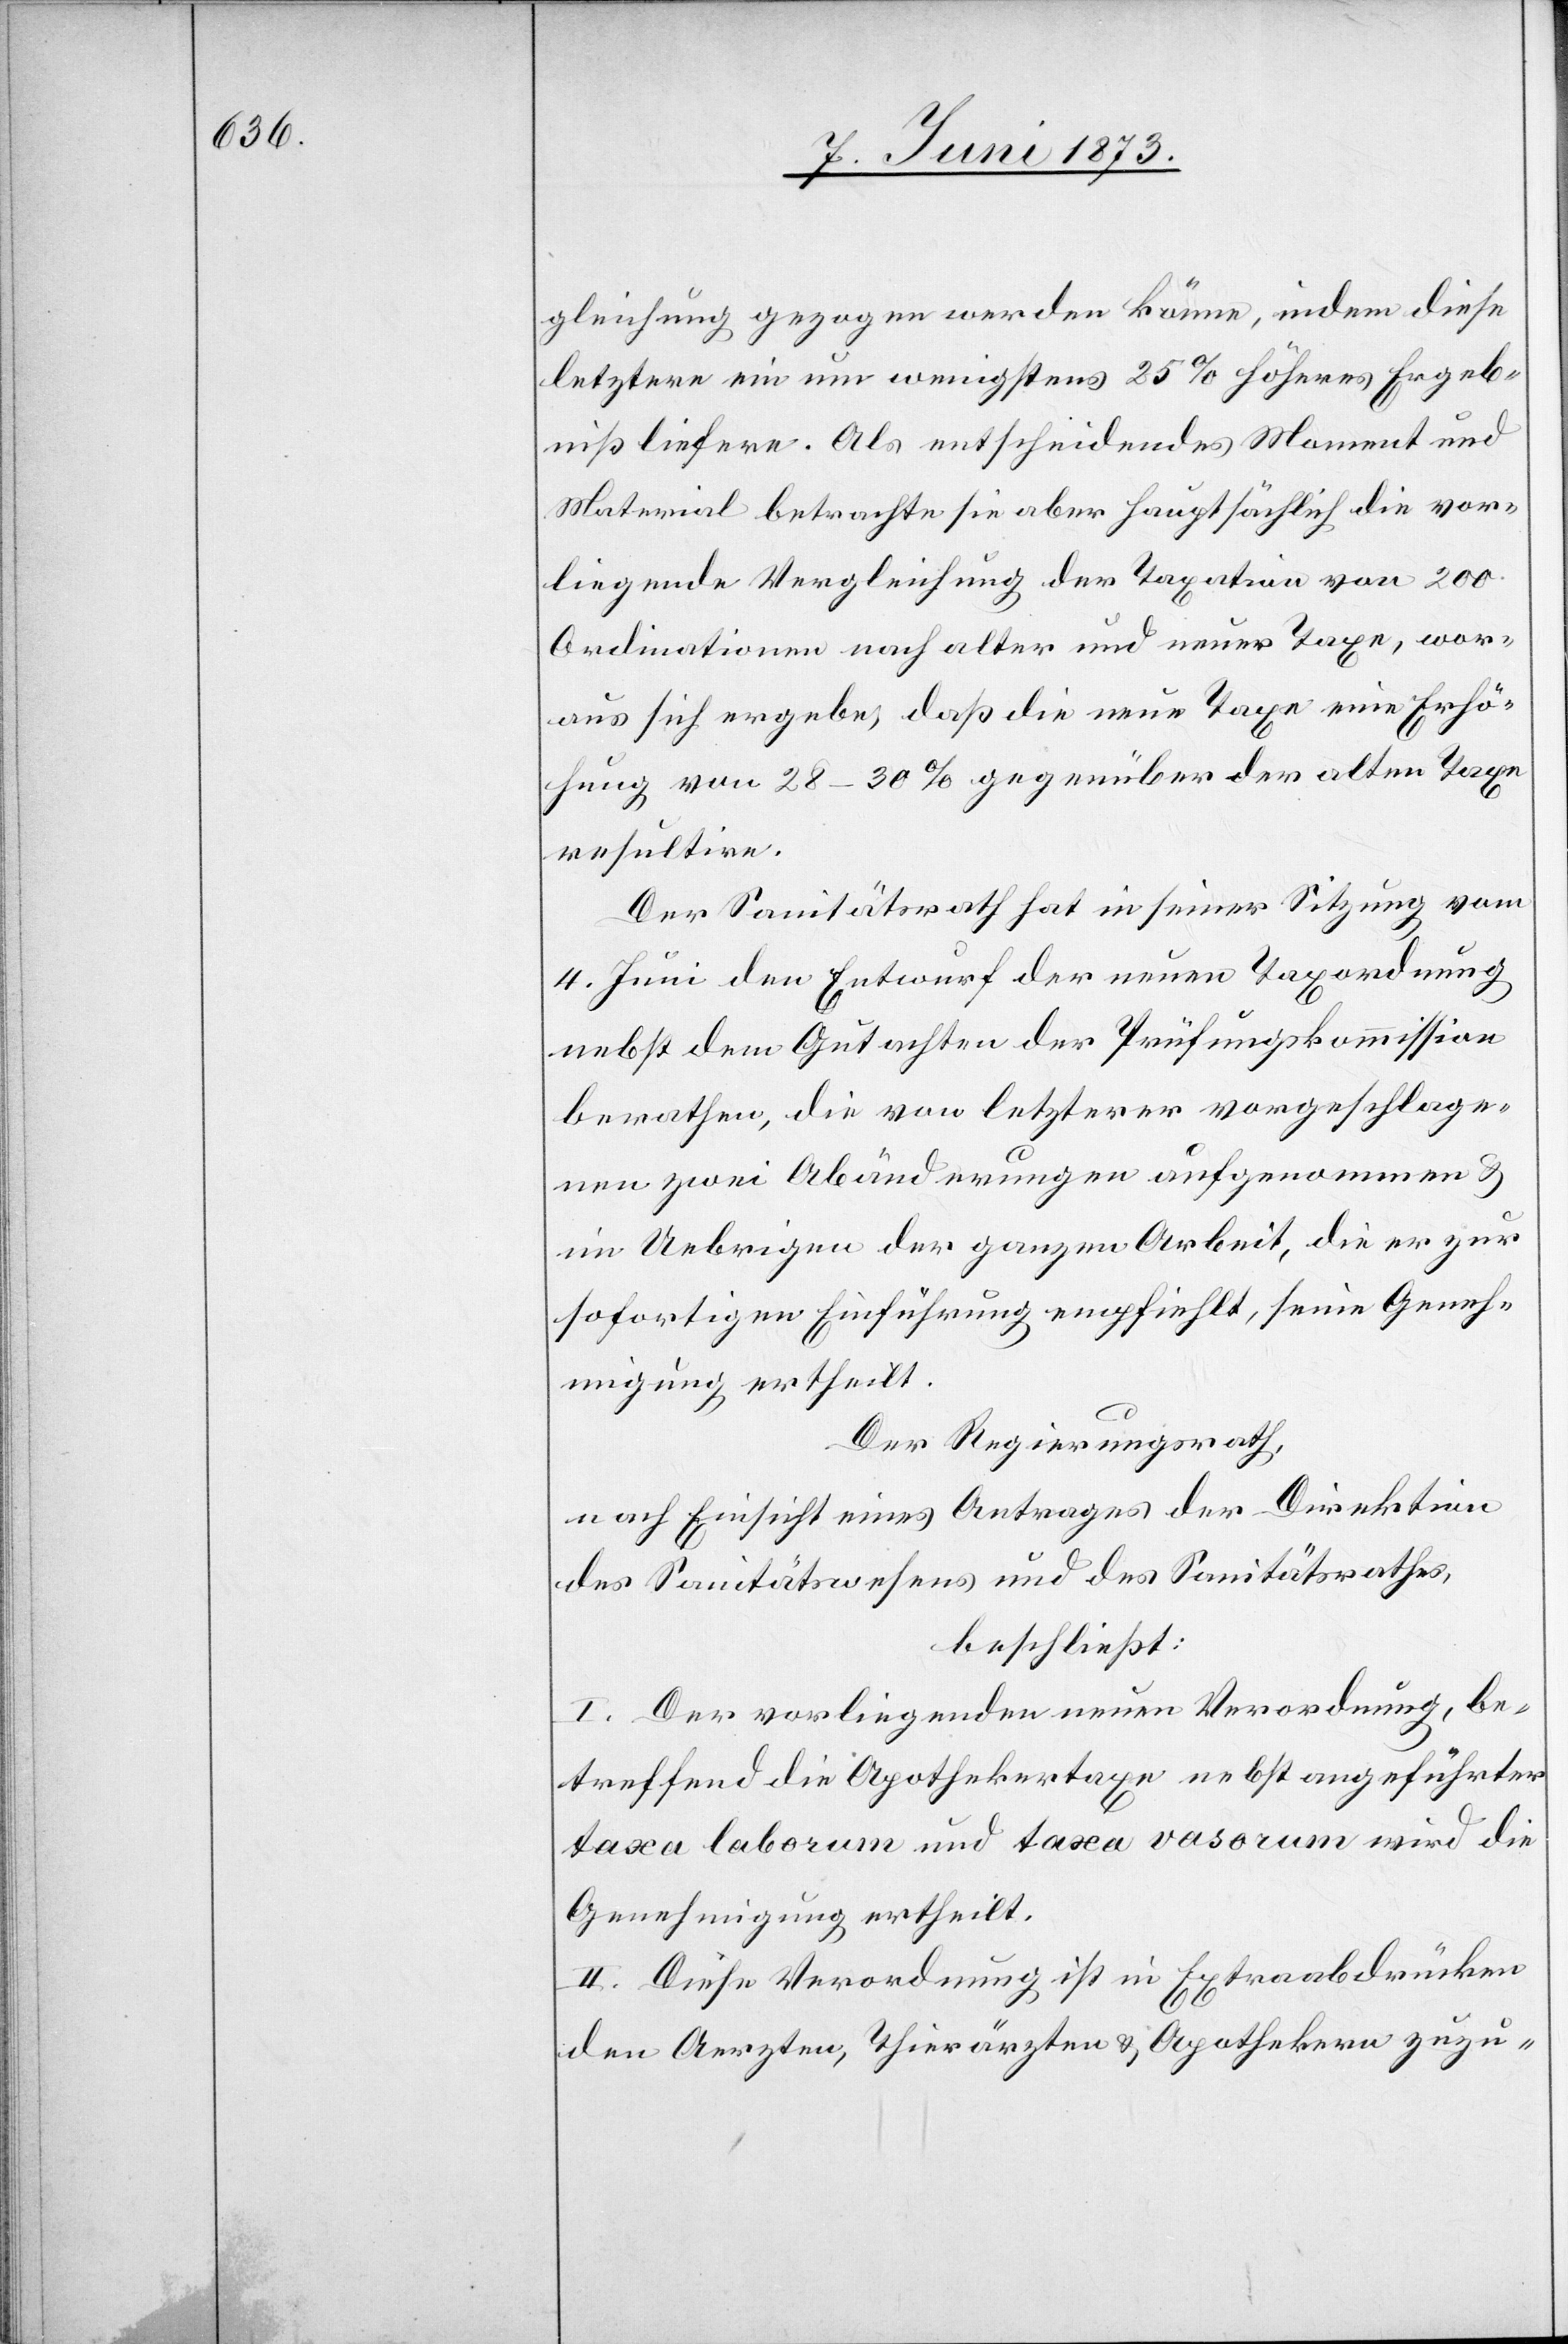
gleichung gezogen werden könne, indem diese
letztere ein um wenigstens 25% höheres Ergeb¬
niß liefere. Als entscheidendes Moment und
Material betrachte sie aber hauptsächlich die vor¬
liegende Vergleichung der Taxation von 200
Ordinationen nach alter und neuer Taxe, wor¬
aus sich ergebe, daß die neue Taxe eine Erhö¬
hung von 28–30% gegenüber der alten Taxe
resultire.
Der Sanitätsrath hat in seiner Sitzung vom
4. Juni den Entwurf der neuen Taxordnung
nebst dem Gutachten der Prüfungskommission
berathen, die von letzterer vorgeschlage¬
nen zwei Abänderungen aufgenommen &
im Uebrigen der ganzen Arbeit, die er zur
sofortigen Einführung empfiehlt, seine Geneh¬
migung ertheilt.
Der Regierungsrath,
nach Einsicht eines Antrages der Direktion
des Sanitätswesens und des Sanitätsrathes,
beschließt:
I. Der vorliegenden neuen Verordnung, be¬
treffend die Apothekertaxe nebst angeführter
taxa laborum und taxa vasorum wird die
Genehmigung ertheilt.
II. Diese Verordnung ist in Extraabdrücken
den Aerzten, Thierärzten & Apothekern zuzu-